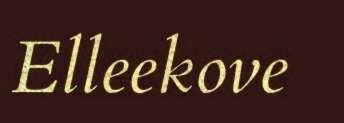
Elleekove